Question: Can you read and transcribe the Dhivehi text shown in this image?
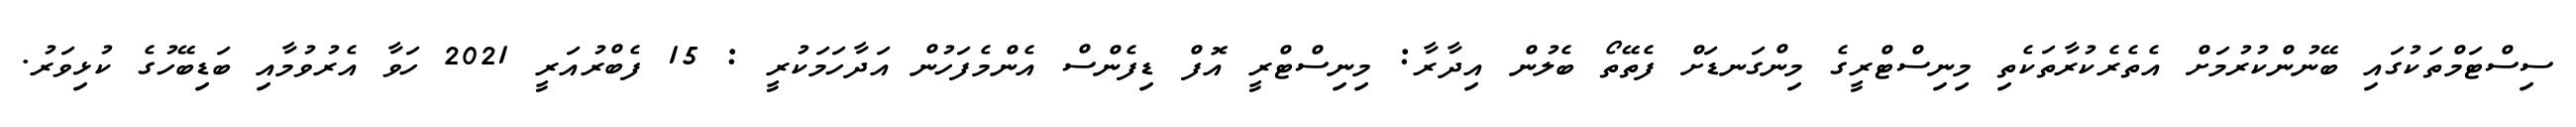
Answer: ސިސްޓަމްތަކުގައި ބޭނުންކުރުމަށް އެތެރެކުރާތަކެތި މިނިސްޓްރީގެ މިންގަނޑަށް ފެތޭތޯ ބެލުން އިދާރާ: މިނިސްޓްރީ އޮފް ޑިފެންސް އެންމެފަހުން އަދާހަމަކުރީ : 15 ފެބްރުއަރީ 2021 ހަވާ އެރުވުމާއި ބަޑިބޭހުގެ ކުޅިވަރު.